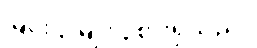
မြင်း ၃ မျိုး ၃စားရှိသည်။